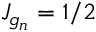
J _ { g _ { n } } = 1 / 2